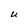
Character: u